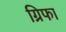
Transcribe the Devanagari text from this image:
ग्रिफा